King Institute of Preventive Medicine Micro-Biological Section reports 1909-11
Year: 1909
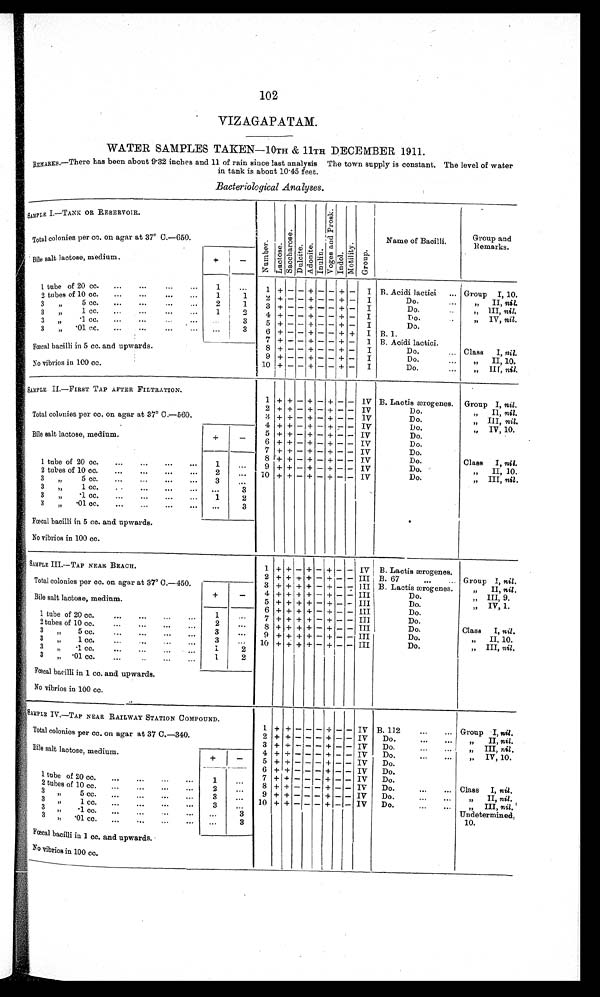
102
VIZAGAPATAM.
WATER SAMPLES TAKEN—10TH & 11TH DECEMBER 1911.
REMARKS.—There has been about 9.32 inches and 11 of rain since last analysis. The town supply is constant. The level of water
in tank is about 10.45 feet.
Bacteriological Analyses.
S A M P L E I . — T A N K O R R E S E R V O I R .
N u m b e r . L a c t o s e .
S a c c h a r o s e .
D u l c i t e . A d o n i t e .
I n u l i n .
V o g e s a n d P r o s k .
I n d o l .
M o t i l i t y .
G r o u p .
Name of Bacilli.
Group and
Remarks.
Total colonies per cc. on agar at 37° C.—650.
Bile salt lactose, medium.
+
-
1 tube of 20 cc. . . .
1
. . .
1 + - - + - - + -
I B. Acidi lactici . . . Group I, 10.
1
1
2 tubes of 10 cc. . . .
2 + - - + - - + -
I
Do. . . .
" II, nil.
2
1
3 " 5 cc. . . .
3 + - - + - - + -
I
D o . . . .
" III, nil.
2
1
3 " 1cc. . . .
4 + - - + - - + -
I
D o . . . .
" IV,
n i l
.
3 " .1 cc. . . .
. . .
3
5
+ -
- +
- - + -
I
D o . . . .
3 " .01 cc. . . .
. . .
3
6 + - - + - - + +
I B. 1.
7 + - - + - - + -
I B. Acidi lactici.
Fœcal bacilli in 5 cc. and upwards.
8 + - - + - -
+ -
I
Do. . . .
Class I, nil.
- - + - - + -
I
Do. . . .
" I I , 1 0 .
9
+
No vibrios in 100 cc.
10
+ - - + - - + -
I
Do. . . .
" III, nil.
SAMPLE II.—FIRST TAP AFTER FILTRATION.
1 +
+
- +
- +
- - IV B. Lactis ærogenes.
Group I, nil.
Total colonies per cc. on agar at 37° C.—560.
2 +
+ -
+ -
+ - - IV
D o . . . .
" II, nil.
3 + + - + - + - - IV
D o . . . .
" III, nil.
4 + + -
+ -
+ - - IV
D o . . . .
" IV, 10.
Bile salt lactose, medium.
+
-
5 + + - + - + - - IV
D o . . . .
6 + + - + - + - - IV
D o . . . .
7 + + - + - + - - IV
D o . . . .
1 tube of 20 cc. . . .
1 . . .
8 + + - + - + - - IV
D o . . . .
Class I, nil.
9
+ + -
+ -
+ - - IV
D o . . . .
" II, 10.
2 tubes of 10 cc. . . .
2
. . .
10 + + - + - + - - IV
D o . . . .
" III, nil.
3 " 5 cc. . . .
3
. . .
3 " 1 cc. . . .
. . .
3
3 " .1 cc. . . .
1
2
3 " .01 cc. . . .
. . .
3
Fœcal bacilli in 5 cc. and upwards.
No vibrios in 100 cc.
SAMPLE III.—TAP NEAR BEACH.
1 + + - + - + - - IV B.Lactis ærogenes.
2 + + + + - + - - III B. 67 . . . Group I, nil.
Total colonies per cc. on agar at 37° C.—450.
+
-
3 + + + + - + - - III B. Lactis ærogenes.
" II, nil .
4 + + + + - + - - III
D o . . . .
" III, 9.
Bile salt lactose, medium.
5 + + + + - + - - III
D o . . . .
" IV, 1.
6 + + + + - + - - III
D o . . . .
1 tube of 20 cc. . . .
1
. . .
7 + + + + - + - - III
D o . . . .
2
. . .
8 + + + + - + - - III
D o . . . .
Class I, nil.
2 tubes of 10 cc. . . .
3 " 5 cc. . . .
3
. . .
9
+ + + + -
+
- III
D o . . . .
" II, 10.
3 " 1 cc. . . .
3
. . .
10 + + + + - + - - III
D o . . . .
" III, nil.
3 " .1 cc. . . .
1
2
3 " .01 cc. . . .
1
2
Fœcal bacilli in 1 cc. and upwards.
No vibrios in 100 cc.
SAMPLE IV.—TAP NEAR RAILWAY STATION COMPOUND.
1 + + - - - + - - IV B. 112 . . . Group I, nil .
Total colonies per cc. on agar at 37 C.—340.
2 + + - - - + - - IV
Do. . . .
" II, nil.
3 + + - - - + - - IV
Do. . . .
" III, nil.
Bile salt lactose, medium.
+
-
4 + + - - - + - - IV
Do. . . .
" I V , 1 0 .
5 + + - - - + - - IV
Do. . . .
6
+ + - - -
+ - - IV
Do. . . .
1 tube of 20 cc. . . .
1
. . .
+
- - IV
Do. . . .
7 + +
- -
-
8 + + - - - + - - IV
Do. . . .
Class I, nil.
2 tubes of 10 cc. . . .
2
. . .
9 + + - - - + - - IV
Do. . . .
" II, nil.
3 " 5 cc. . . .
3
. . .
10 + + - - - + - -
I V Do. . . .
" I I I ,
n i l
.
3 " 1 c c . . . .
. . .
. . .
Undetermined, 10.
3 " .1 cc. . . .
. . .
3
3 " .01 cc. . . .
3
. . .
Fœcal bacilli in 1 cc. and upwards.
No vibrios in 100 cc.